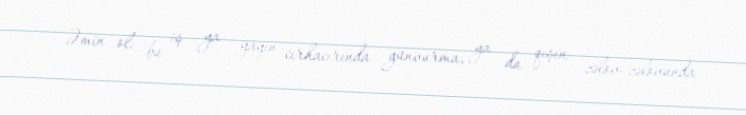
Əmin ol: bu iş ya yayın cırhacırında günvurma, ya da qışın zəlov-zəlovunda